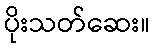
ပိုးသတ်ဆေး။